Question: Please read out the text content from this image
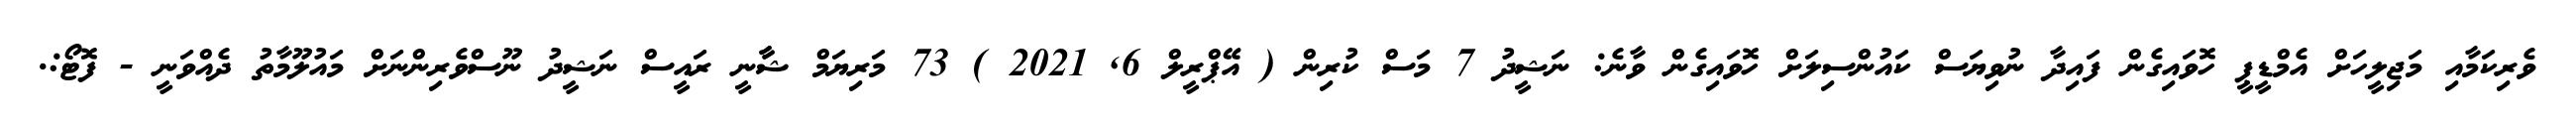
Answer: ވެރިކަމާއި މަޖިލީހަށް އެމްޑީޕީ ހޮވައިގެން ފައިދާ ނުވިޔަސް ކައުންސިލަށް ހޮވައިގެން ވާނެ: ނަޝީދު 7 މަސް ކުރިން ( އޭޕްރީލް 6, 2021 ) 73 މަރިޔަމް ޝާާނީ ރައީސް ނަޝީދު ނޫސްވެރިންނަށް މައުލޫމާތު ދެއްވަނީ - ފޮޓޯ:.